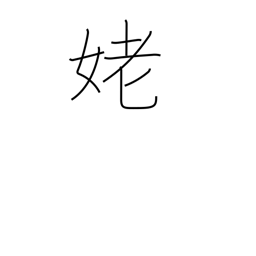
Meaning: old woman